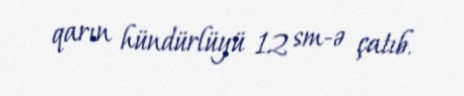
qarın hündürlüyü 12 sm-ə çatıb.